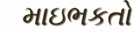
માઇભકતો